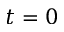
t = 0